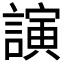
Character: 𮘵